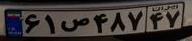
۶۱ص۴۸۷۴۷